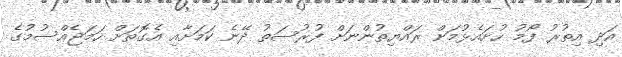
އަދި އިތުރު ފޯމު ހުށައެޅުމަށް ރައްޔިތުންނަށް ފުރުޞަތު ދޭނެ ކަމަށާއި އެގޮތަށް ހަމަޖެއްސުމުގެ